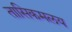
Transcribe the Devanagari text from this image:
तासिकमलय